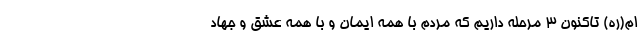
ام(ره) تاکنون 3 مرحله داریم که مردم با همه ایمان و با همه عشق و جهاد